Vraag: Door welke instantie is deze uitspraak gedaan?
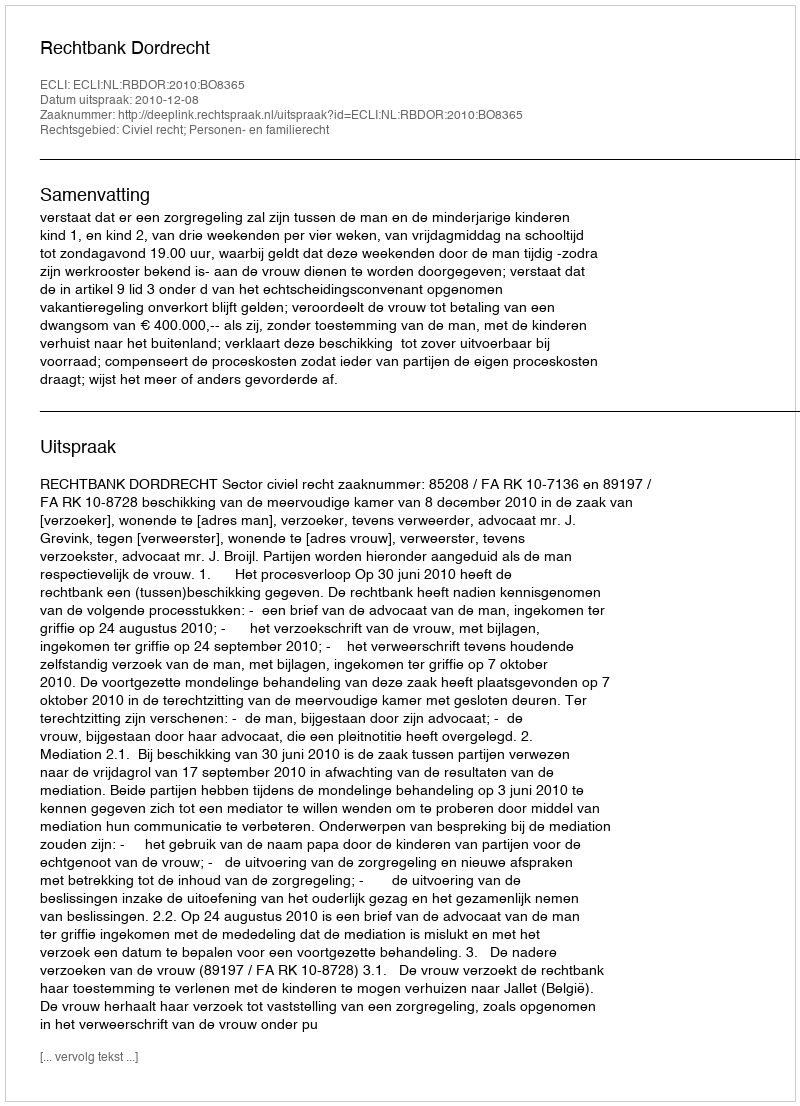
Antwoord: Rechtbank Dordrecht